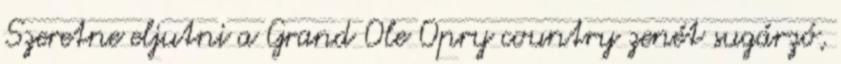
Szeretne eljutni a Grand Ole Opry country zenét sugárzó,